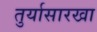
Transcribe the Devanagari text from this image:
तुर्यासारखा